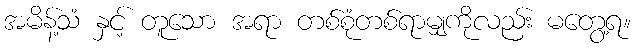
အမိန့်သံ နှင့် တူသော အရာ တစ်စုံတစ်ရာမျှကိုလည်း မတွေ့ရ။